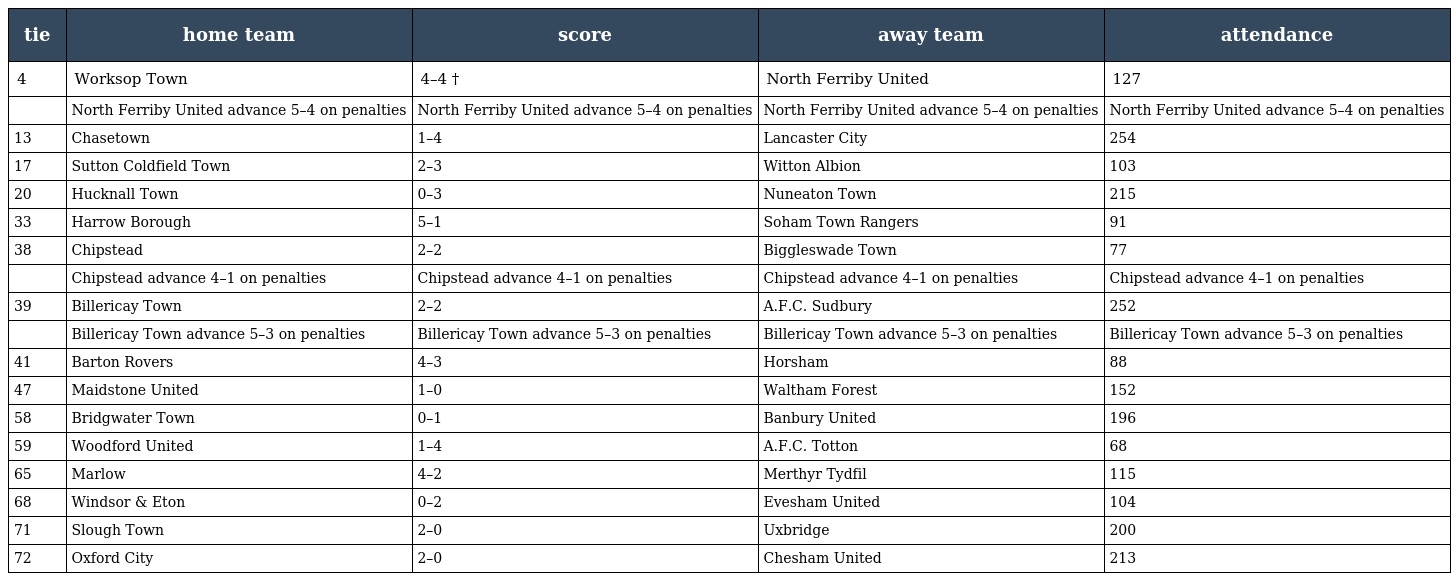
| tie | home team | score | away team | attendance |
 | --- | --- | --- | --- | --- |
 | 4 | Worksop Town | 4–4 † | North Ferriby United | 127 |
 |  | North Ferriby United advance 5–4 on penalties | North Ferriby United advance 5–4 on penalties | North Ferriby United advance 5–4 on penalties | North Ferriby United advance 5–4 on penalties |
 | 13 | Chasetown | 1–4 | Lancaster City | 254 |
 | 17 | Sutton Coldfield Town | 2–3 | Witton Albion | 103 |
 | 20 | Hucknall Town | 0–3 | Nuneaton Town | 215 |
 | 33 | Harrow Borough | 5–1 | Soham Town Rangers | 91 |
 | 38 | Chipstead | 2–2 | Biggleswade Town | 77 |
 |  | Chipstead advance 4–1 on penalties | Chipstead advance 4–1 on penalties | Chipstead advance 4–1 on penalties | Chipstead advance 4–1 on penalties |
 | 39 | Billericay Town | 2–2 | A.F.C. Sudbury | 252 |
 |  | Billericay Town advance 5–3 on penalties | Billericay Town advance 5–3 on penalties | Billericay Town advance 5–3 on penalties | Billericay Town advance 5–3 on penalties |
 | 41 | Barton Rovers | 4–3 | Horsham | 88 |
 | 47 | Maidstone United | 1–0 | Waltham Forest | 152 |
 | 58 | Bridgwater Town | 0–1 | Banbury United | 196 |
 | 59 | Woodford United | 1–4 | A.F.C. Totton | 68 |
 | 65 | Marlow | 4–2 | Merthyr Tydfil | 115 |
 | 68 | Windsor & Eton | 0–2 | Evesham United | 104 |
 | 71 | Slough Town | 2–0 | Uxbridge | 200 |
 | 72 | Oxford City | 2–0 | Chesham United | 213 |